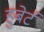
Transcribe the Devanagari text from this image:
हुबेर्ट